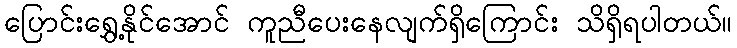
ပြောင်းရွှေ့နိုင်အောင် ကူညီပေးနေလျက်ရှိကြောင်း သိရှိရပါတယ်။